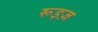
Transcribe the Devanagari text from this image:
रूइज़